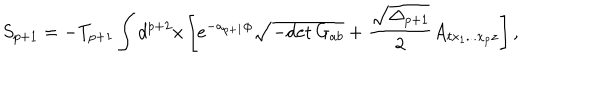
LaTeX: S _ { p + 1 } = - T _ { p + 1 } \int d ^ { p + 2 } x \left[ e ^ { - a _ { p + 1 } \phi } \sqrt { - \mathrm { d e t } \, G _ { a b } } + { \frac { \sqrt { \Delta _ { p + 1 } } } { 2 } } A _ { t x _ { 1 } . . . x _ { p } z } \right] ,